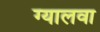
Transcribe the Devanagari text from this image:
ग्यालवा